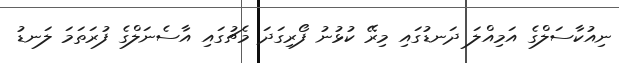
ނިއުކާސަލްގެ އަމިއްލަ ދަނޑުގައި މިރޭ ކުޅުނު ފޯރިގަދަ މެޗުގައި އާސެނަލްގެ ފުރަތަމަ ލަނޑު